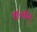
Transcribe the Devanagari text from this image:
शन्कर्